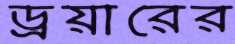
ড্রয়ারের